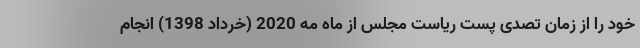
خود را از زمان تصدی پست ریاست مجلس از ماه مه 2020 (خرداد 1398) انجام